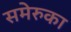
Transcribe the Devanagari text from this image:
समेरुका